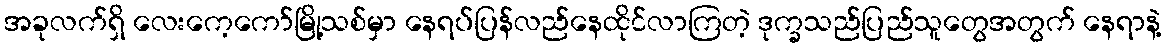
အခုလက်ရှိ လေးကေ့ကော်မြို့သစ်မှာ နေရပ်ပြန်လည်နေထိုင်လာကြတဲ့ ဒုက္ခသည်ပြည်သူတွေအတွက် နေရာနဲ့